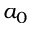
a _ { 0 }